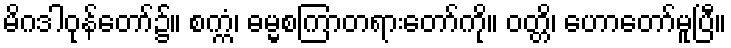
မိဂဒါဝုန်တော်၌။ စက္ကံ၊ ဓမ္မစကြာတရားတော်ကို။ ဝတ္တိ၊ ဟောတော်မူပြီ။